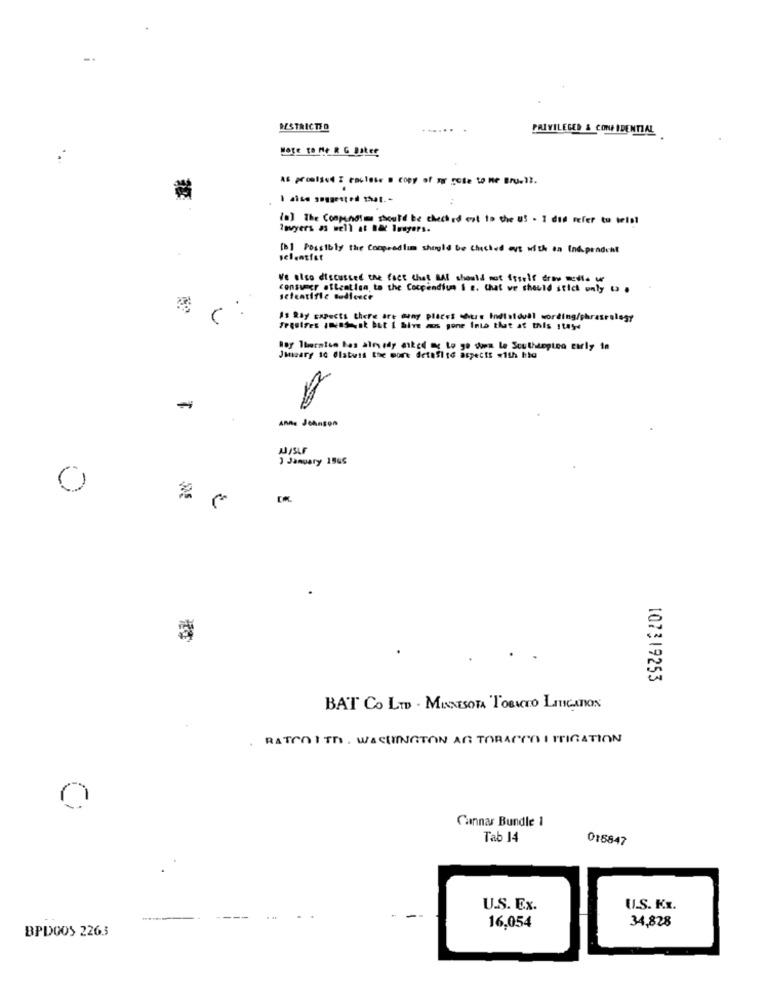
DESTRICTED
PRIVILEGED & CONFIDENTIAL
Hoge to Me R G Baker
As promised I enclose a copy of Fu rose to me Bru-il.
(a) The Conpundtam should be checked est to the us . I did Fefer tu telal
loyers as well at nac lesyers.
[b] Possibly the comprastim should be checked out with on Indipendent
We also discussed the fact that BAT should not itself from media a
consumer attention to the Cocpendium i e. Chat we should stick only t .
scientific sodfence
As Ray Expects there are many places shtre Individual wording/phrasealegr
Frquires smaak but i hive as gone Into that at this 1tys
Roy Theraise has already asked og to go doen le Southington curly in
Jeary 10 Olsbuis the more detail to aspects #11h hia
MJ/SLF
) January 1565
0
107319253
BAT Co LTD - MINNESOTA TOBACTO LITIGATION
RATCOITO. WASHINGTON AG TOBACCO I IRIGATION
0
Cannar Bundle 1
Tab 14
015847
U.S. Ex.
U.S. Kx.
34,828
BPDGOS 2263
16.054